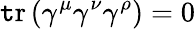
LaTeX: \operatorname{\mathtt{t}r}\left(\gamma^{\mu}\gamma^{\nu}\gamma^{\rho}\right)=0